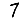
Digit: 7